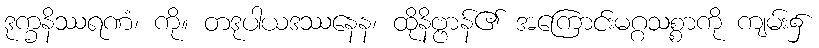
ဒုက္ခနိဿရဏံ၊ ကို။ တဒုပါယဒဿနေန၊ ထိုနိဗ္ဗာန်၏ အကြောင်းမဂ္ဂသစ္စာကို ကျမ်း၌